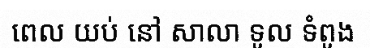
ពេល យប់ នៅ សាលា ទូល ទំពូង